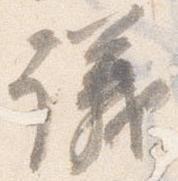
議